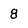
Character: 8